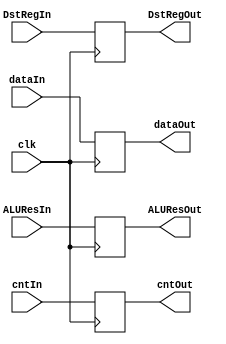
module superReg4(input [1:0]cntIn,input [31:0]ALUResIn,dataIn,input [4:0]DstRegIn,input clk,
  output reg [1:0]cntOut,output reg [31:0]ALUResOut,dataOut,output reg [4:0]DstRegOut);
  always@(posedge clk) begin
    cntOut <= cntIn;
    ALUResOut <= ALUResIn;
    dataOut <= dataIn;
    DstRegOut <= DstRegIn;
  end
endmodule